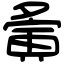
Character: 夤